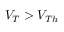
V _ { T } > V _ { T h }